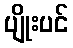
ပျိုးပင်